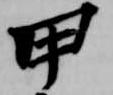
甲